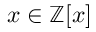
x \in \mathbb { Z } [ x ]